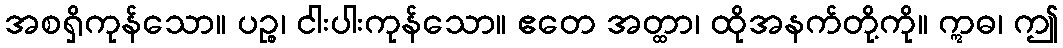
အစရှိကုန်သော။ ပဉ္စ၊ ငါးပါးကုန်သော။ ဧတေ အတ္ထာ၊ ထိုအနက်တို့ကို။ ဣဓ၊ ဤ